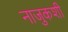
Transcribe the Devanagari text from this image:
नाजुकशी